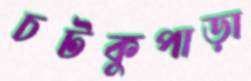
চটকুপাড়া